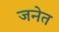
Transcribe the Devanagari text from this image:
जनेत